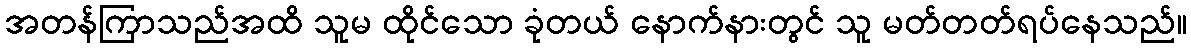
အတန်ကြာသည်အထိ သူမ ထိုင်သော ခုံတယ် နောက်နားတွင် သူ မတ်တတ်ရပ်နေသည်။